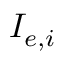
I _ { e , i }